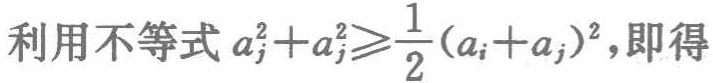
利用不等式 \(a_{i}^{2}+a_{j}^{2}\geqslant\frac{1}{2}(a_{i}+a_{j})^{2}\)，即得